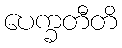
ပေက္ခတီတိ